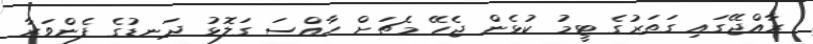
ރާއްޖޭގައި ގަތަރުގެ ޓީމު ކުޅެން ޖެހޭ މެޗަށް ހާއްސަ ގަލޮޅު ދަނޑުގެ ފެންވަރާ